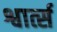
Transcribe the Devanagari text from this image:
श्वार्त्स